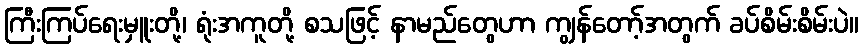
ကြီးကြပ်ရေးမှူးတို့၊ ရုံးအကူတို့ စသဖြင့် နာမည်တွေဟာ ကျွန်တော့်အတွက် ခပ်စိမ်းစိမ်းပဲ။